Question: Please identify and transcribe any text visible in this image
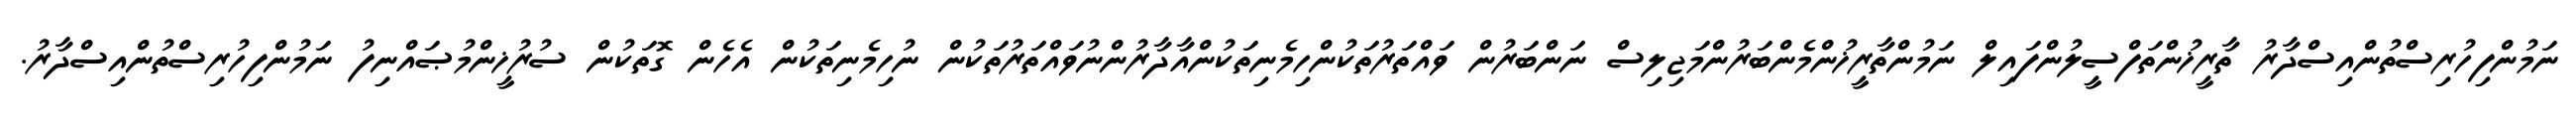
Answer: ނަމުންފިހުރިސްތުންއިސްދާރު ތާރީޚުންތަފްސީލުންފައިލް ނަމުންތާރީޚުންމެންބަރުންމަޖިލިސް ނަންބަރުން ވައްތަރުތަކުންހިމެނިތަކުންއާދާރުންނުވައްތަރުތަކުން ނުހިމެނިތަކުން އެހެން ގޮތަކުން ސުރުޚީންމުޞައްނިފު ނަމުންފިހުރިސްތުންއިސްދާރު.